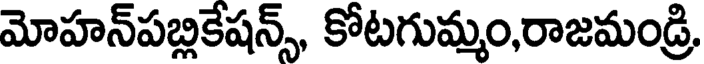
మోహన్పబ్లికేషన్స్, కోటగుమ్మం,రాజమండ్రి,